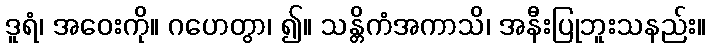
ဒူရံ၊ အဝေးကို။ ဂဟေတွာ၊ ၍။ သန္တိကံအကာသိ၊ အနီးပြုဘူးသနည်း။